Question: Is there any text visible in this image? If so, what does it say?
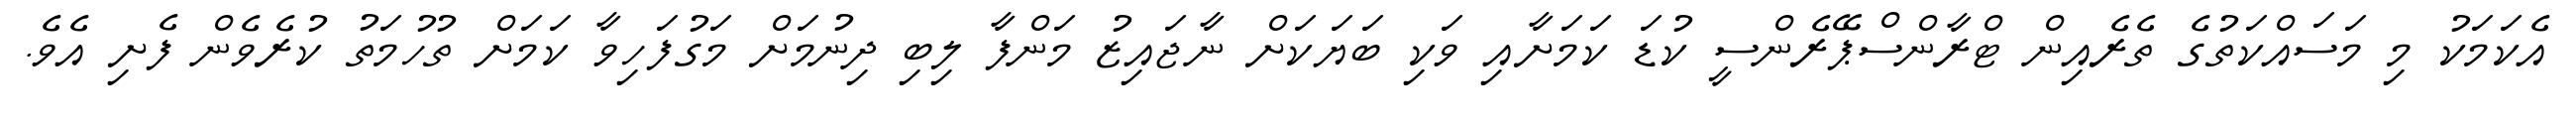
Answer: އެކަމަކު މި މަސައްކަތުގެ ތެރެއިން ޓްރާންސްޕޭރެންސީ ކުޑަ ކަމަށާއި ވަކި ބަޔަކަށް ނާޖައިޒު މަންފާ ލިބި ދިނުމަށް މަގުފަހިވާ ކަމަށް ތުހުމަތު ކުރެވެން ފެށި އެވެ.